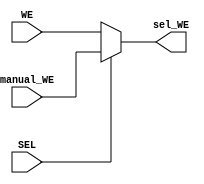
module mux_write (
	// Input signals
	input WE,
	input manual_WE,
	// Selector
	input SEL,
	// Output signals
	output reg sel_WE
	);
	
	always @(*)
		begin
			if (SEL)
				sel_WE <= manual_WE;
			else
				sel_WE <= WE;
		end
		
endmodule